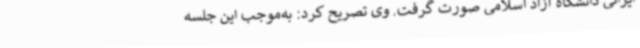
ایرانی دانشگاه آزاد اسلامی صورت گرفت. وی تصریح کرد: به‌موجب این جلسه